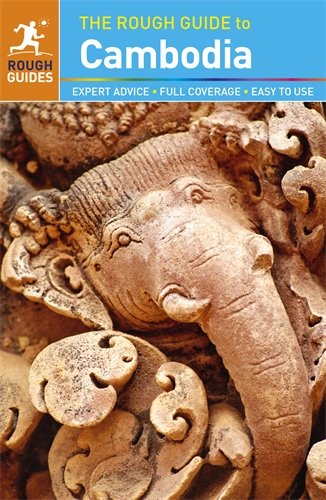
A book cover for The Rough Guide to Cambodia; Rough Guides; Travel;